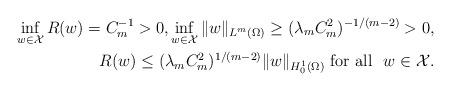
LaTeX: \begin{align*}\inf_{w \in \mathcal X} R(w) = C_m^{-1} > 0, \inf_{w \in \mathcal X} \|w\|_{L^m(\Omega)} \geq (\lambda_m C_m^2)^{-1/(m-2)} > 0,\\R(w) \leq (\lambda_m C_m^2)^{1/(m-2)} \|w\|_{H^1_0(\Omega)} \mbox{ for all } \ w \in \mathcal X.\end{align*}